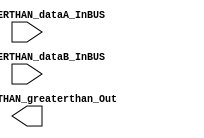
/*######################################################################
//#	G0B1T: HDL EXAMPLES. 2018.
//######################################################################
//# Copyright (C) 2018. F.E.Segura-Quijano (FES) fsegura@uniandes.edu.co
//# 
//# This program is free software: you can redistribute it and/or modify
//# it under the terms of the GNU General Public License as published by
//# the Free Software Foundation, version 3 of the License.
//#
//# This program is distributed in the hope that it will be useful,
//# but WITHOUT ANY WARRANTY; without even the implied warranty of
//# MERCHANTABILITY or FITNESS FOR A PARTICULAR PURPOSE.  See the
//# GNU General Public License for more details.
//#
//# You should have received a copy of the GNU General Public License
//# along with this program.  If not, see <http://www.gnu.org/licenses/>
//####################################################################*/
//=======================================================
//  MODULE Definition
//=======================================================
module CC_GREATERTHAN (
//////////// OUTPUTS //////////
	CC_GREATERTHAN_greaterthan_Out,
//////////// INPUTS //////////
	CC_GREATERTHAN_dataA_InBUS,
	CC_GREATERTHAN_dataB_InBUS
);
//=======================================================
//  PARAMETER declarations
//=======================================================
parameter NUMBER_DATAWIDTH = 8;
//=======================================================
//  PORT declarations
//=======================================================
output reg CC_GREATERTHAN_greaterthan_Out;
input 	[NUMBER_DATAWIDTH-1:0] CC_GREATERTHAN_dataA_InBUS;
input 	[NUMBER_DATAWIDTH-1:0] CC_GREATERTHAN_dataB_InBUS;
//=======================================================
//  REG/WIRE declarations
//=======================================================

//=======================================================
//  Structural coding
//=======================================================


endmodule